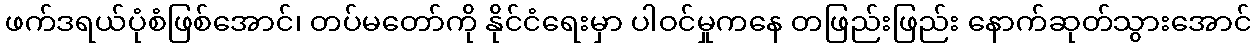
ဖက်ဒရယ်ပုံစံဖြစ်အောင်၊ တပ်မတော်ကို နိုင်ငံရေးမှာ ပါဝင်မှုကနေ တဖြည်းဖြည်း နောက်ဆုတ်သွားအောင်